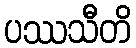
ပဿသီတိ